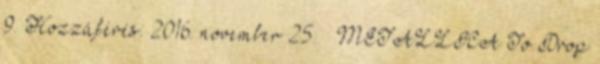
9. Hozzáférés: 2016. november 25. ↑ METALLICA To Drop